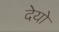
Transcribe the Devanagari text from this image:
देयो